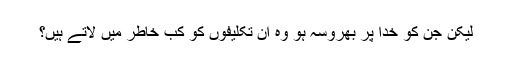
لیکن جن کو خدا پر بھروسہ ہو وہ ان تکلیفوں کو کب خاطر میں لاتے ہیں؟